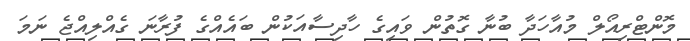
މޮންޓްރިއޯލް މުއާހަދާ ބުނާ ގޮތުން ވައިގެ ހާދިސާއަކުން ބަައެއްގެ ފުރާނަ ގެއްލިއްޖެ ނަމަ